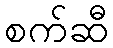
စက်ဆီ